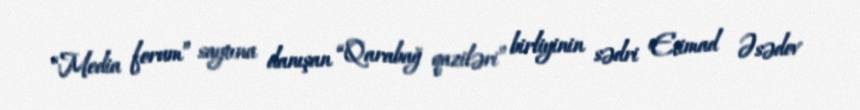
“Media forum” saytına danışan “Qarabağ qaziləri” birliyinin sədri Etimad Əsədov